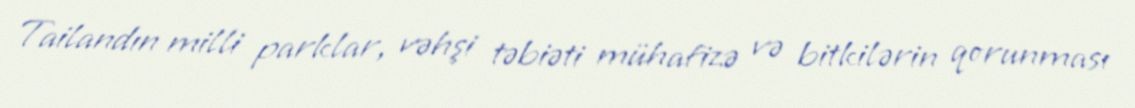
Tailandın milli parklar, vəhşi təbiəti mühafizə və bitkilərin qorunması